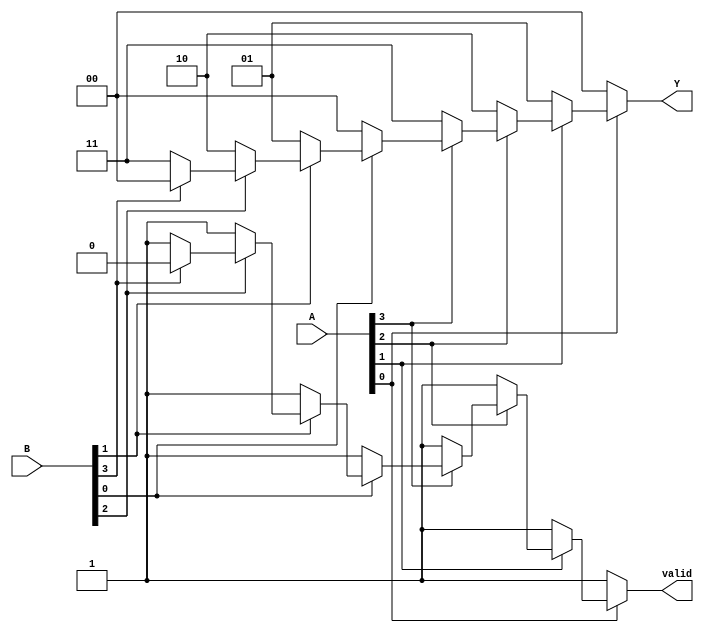
module dual_priority_encoder (
    input  wire [3:0] A,  // Active low inputs for set A
    input  wire [3:0] B,  // Active low inputs for set B
    output reg  [1:0] Y,  // Binary output representing the index of the highest active input
    output reg  valid      // Indicates if any input is active
);

    always @(*) begin
        // Initialize outputs
        Y = 2'b00; // Default output
        valid = 1'b0; // Default valid output

        // Check set A first (higher priority)
        if (A[0] == 1'b0) begin
            Y = 2'b00;
            valid = 1'b1;
        end else if (A[1] == 1'b0) begin
            Y = 2'b01;
            valid = 1'b1;
        end else if (A[2] == 1'b0) begin
            Y = 2'b10;
            valid = 1'b1;
        end else if (A[3] == 1'b0) begin
            Y = 2'b11;
            valid = 1'b1;
        end
        // If no active inputs in set A, check set B
        else if (B[0] == 1'b0) begin
            Y = 2'b00;
            valid = 1'b1;
        end else if (B[1] == 1'b0) begin
            Y = 2'b01;
            valid = 1'b1;
        end else if (B[2] == 1'b0) begin
            Y = 2'b10;
            valid = 1'b1;
        end else if (B[3] == 1'b0) begin
            Y = 2'b11;
            valid = 1'b1;
        end
    end

endmodule